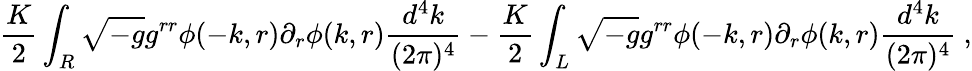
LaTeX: \frac{K}{2}\int_{R}\sqrt{-g}g^{rr}\phi(-k,r)\partial_{r}\phi(k,r)\frac{d^{4}k}{(2\pi)^{4}}-\frac{K}{2}\int_{L}\sqrt{-g}g^{rr}\phi(-k,r)\partial_{r}\phi(k,r)\frac{d^{4}k}{(2\pi)^{4}}\ ,